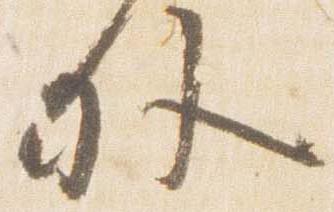
外